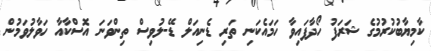
ކާމިޔާބުކުރުމުގެ ޝަރަފު ހޯދާފައިވާ ހަމައެކަނި ތަރި ޑެނިއަލް ޑޭ-ލުވިސް ތިންވަނަ އޮސްކާއާ ހަވާލުވަމުން